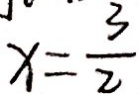
x = \frac { 3 } { 2 }